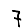
Digit: 7